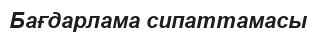
Бағдарлама сипаттамасы